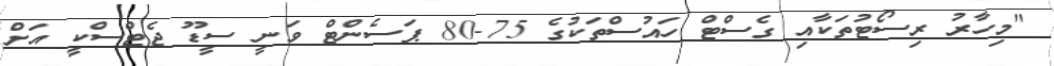
"މިހާރު ރިސޯޓުތަކާއި ގެސްޓް ހައުސްތަކުގެ 75-80 ޕަސެންޓް ވަނީ ސީޑޫ ޖެޓްސްކީ އަށް